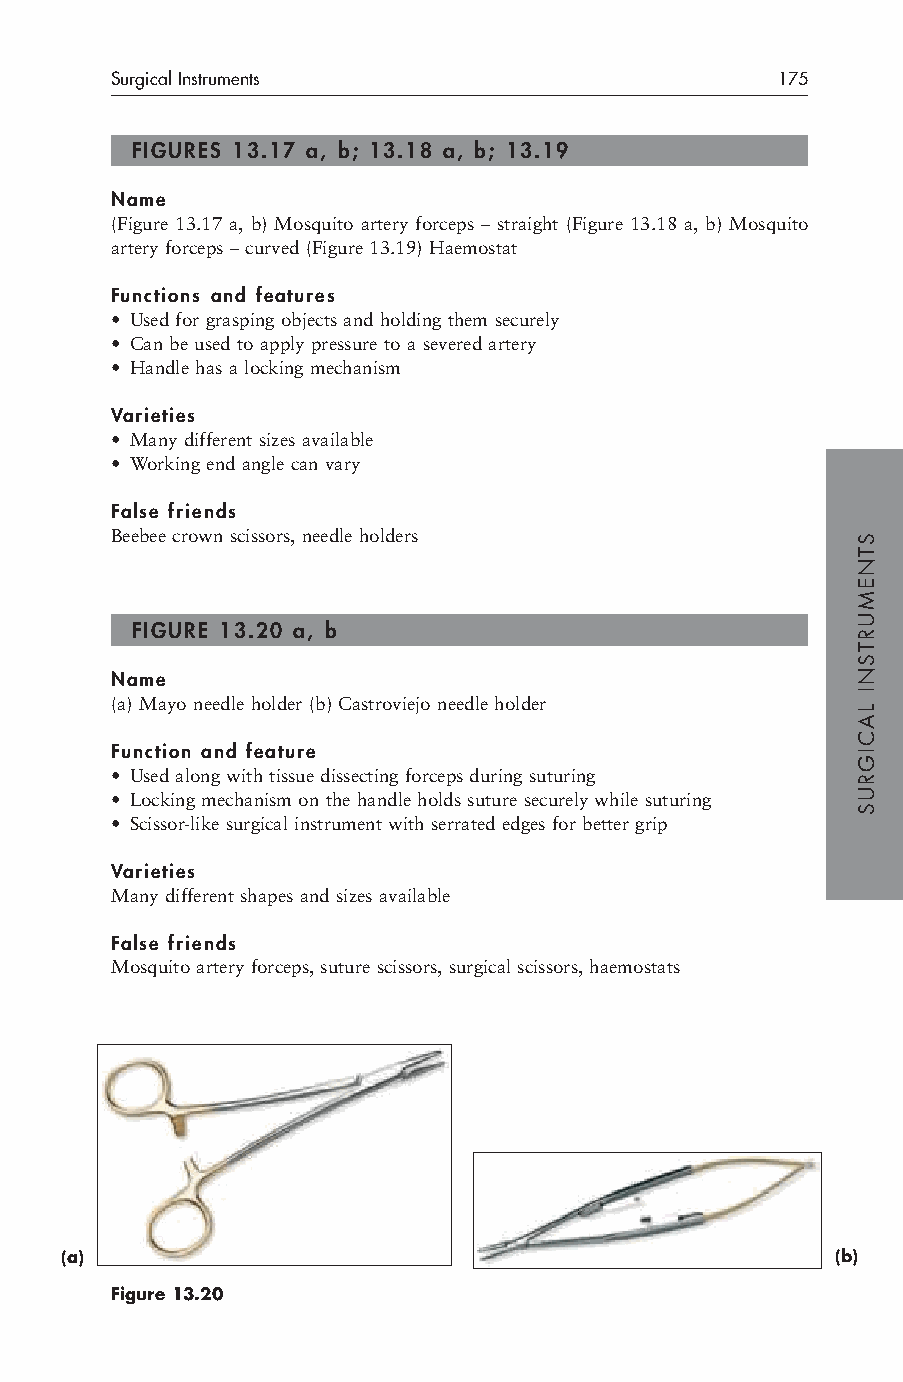
Surgical Instruments                        175
 FIGURES 13.17 a, b; 13.18 a, b; 13.19
 Name
 (Figure 13.17 a, b) Mosquito artery forceps – straight (Figure 13.18 a, b) Mosquito
 artery forceps – curved (Figure 13.19) Haemostat
 Functions and features
 • Used for grasping objects and holding them securely
 • Can be used to apply pressure to a severed artery
 • Handle has a locking mechanism
 Varieties
 • Many different sizes available
 • Working end angle can vary
 False friends
 Beebee crown scissors, needle holders
 FIGURE 13.20 a, b
 Name
 (a) Mayo needle holder (b) Castroviejo needle holder
 Function and feature
 • Used along with tissue dissecting forceps during suturing
 • Locking mechanism on the handle holds suture securely while suturing
 • Scissor-like surgical instrument with serrated edges for better grip
 Varieties
 Many different shapes and sizes available
 False friends
 Mosquito artery forceps, suture scissors, surgical scissors, haemostats
 (a)                                                (b)
 Figure 13.20
 STNEMURTSNI
 LACIGRUS